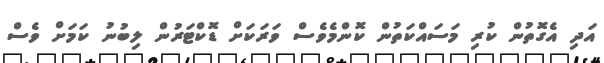
އަދި އެގޮތުން ކުރި މަސައްކަތުން ކޮންމެވެސް ވަރަކަށް ޑޮކްޓަރުން ލިބުނު ކަމަށް ވެސް